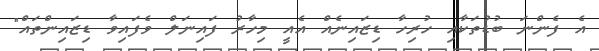
އެ ފެންނަ ބުޑުތަކާއި ހުރިހާ ޑިޒައިނެއް އެއީ މިހާރު ފައިނަލް ވެފައިވާ ޑިޒައިންތައް"